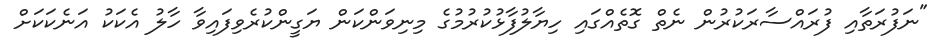
"ނަފުރަތާއި ފުރައްސާރަކުރުން ނެތް ގޮތެއްގައި ހިޔާލުފާޅުކުރުމުގެ މިނިވަންކަން ޔަގީންކުރެވިފައިވާ ހާލު އެކަކު އަނެކަކަށް